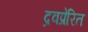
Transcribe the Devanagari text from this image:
द्रवप्रेरित